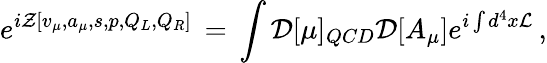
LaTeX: e^{i{\cal Z}[v_{\mu},a_{\mu},s,p,Q_{L},Q_{R}]}\, =\, \int{\cal D}[\mu]_{QCD}{\cal D}[A_{\mu}]e^{i\int d^{4}x{\cal L}}\, ,